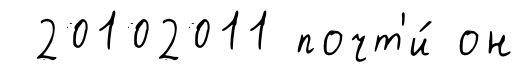
20102011 почт'и́ он